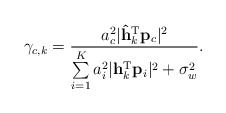
\begin{align*} \gamma_{c,k}&=\frac{a_c^2\lvert \mathbf{\hat{h}}_k^{\textrm{T}}\mathbf{p}_c\rvert^2}{\sum\limits_{i=1}^K a_i^2\lvert \mathbf{h}_k^{\textrm{T}}\mathbf{p}_i\rvert^2+\sigma_w^2}.\end{align*}